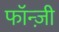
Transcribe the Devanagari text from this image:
फॉन्ज़ी